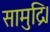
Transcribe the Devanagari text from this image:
सामुद्रि।